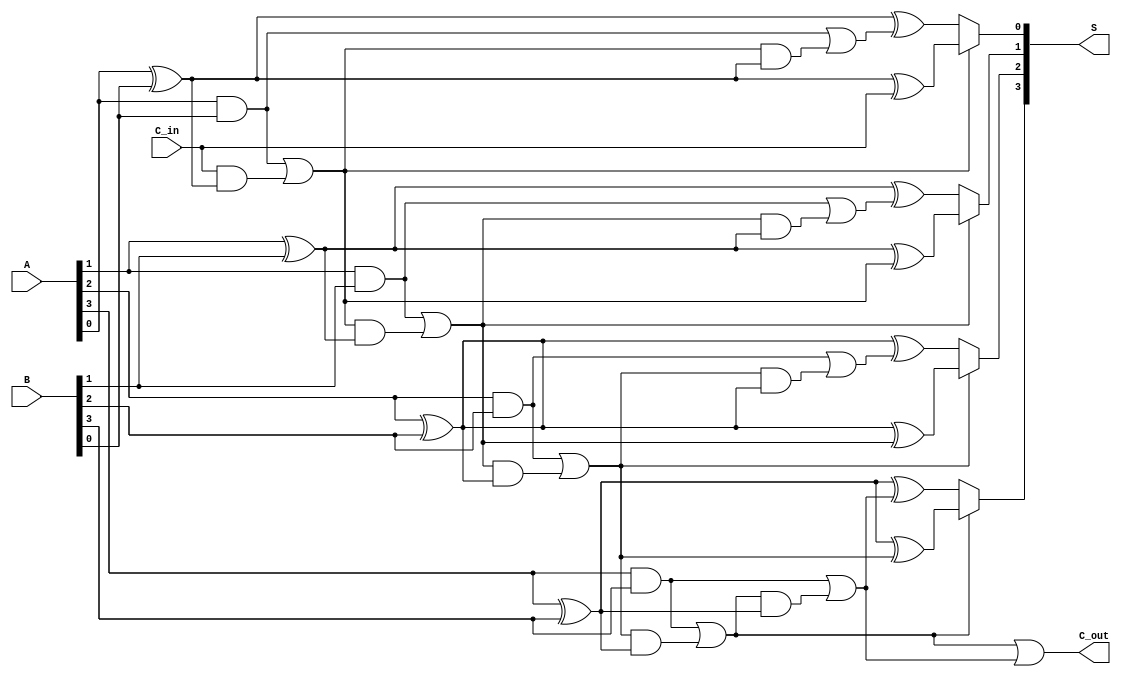
module conditional_sum_adder #(parameter n = 4) (
    input  [n-1:0] A,           // First n-bit input
    input  [n-1:0] B,           // Second n-bit input
    input        C_in,          // Initial carry input
    output [n-1:0] S,           // Sum output
    output       C_out          // Final carry output
);
    wire [n-1:0] S0, S1;        // Partial sums
    wire [n-1:0] C0, C1;        // Carry outputs

    // Generate partial sum and carry for each bit
    genvar i;
    generate
        for (i = 0; i < n; i = i + 1) begin: CSA_BIT
            // Calculate partial sums
            assign S0[i] = A[i] ^ B[i] ^ (i == 0 ? C_in : C0[i - 1]);
            assign S1[i] = A[i] ^ B[i] ^ (C1[i]);

            // Calculate carries for current bit
            assign C0[i] = (A[i] & B[i]) | (i == 0 ? (C_in & (A[i] ^ B[i])) : (C0[i - 1] & (A[i] ^ B[i])));
            assign C1[i] = (A[i] & B[i]) | (C0[i] & (A[i] ^ B[i]));
        end
    endgenerate

    // Select final sum based on carries
    generate
        for (i = 0; i < n; i = i + 1) begin: FINAL_SUM
            assign S[i] = C0[i] ? S0[i] : S1[i];
        end
    endgenerate

    // Final carry out determined by the last bit's carry
    assign C_out = C0[n-1] | C1[n-1];

endmodule